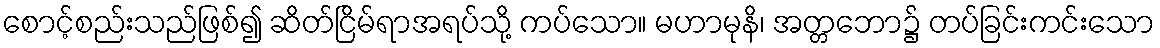
စောင့်စည်းသည်ဖြစ်၍ ဆိတ်ငြိမ်ရာအရပ်သို့ ကပ်သော။ မဟာမုနိ၊ အတ္တဘော၌ တပ်ခြင်းကင်းသော